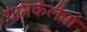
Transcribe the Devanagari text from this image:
गानकलेचा